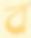
ব